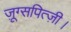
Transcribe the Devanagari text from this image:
ज़ूग्सपित्ज़ी।